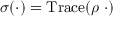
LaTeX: \sigma ( \cdot ) = \mathrm { T r a c e } ( \rho \; \cdot )